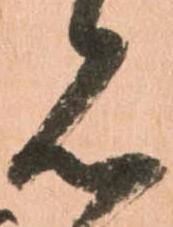
見